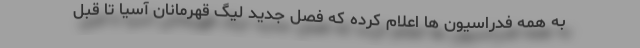
به همه فدراسیون ها اعلام کرده که فصل جدید لیگ قهرمانان آسیا تا قبل